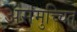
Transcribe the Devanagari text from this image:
असमुच्चित